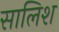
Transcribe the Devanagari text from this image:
सालिश